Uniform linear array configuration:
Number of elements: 8
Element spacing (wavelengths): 0.5
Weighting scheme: exponential
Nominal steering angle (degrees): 45
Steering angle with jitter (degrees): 45.36
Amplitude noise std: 0.05
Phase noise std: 0.05

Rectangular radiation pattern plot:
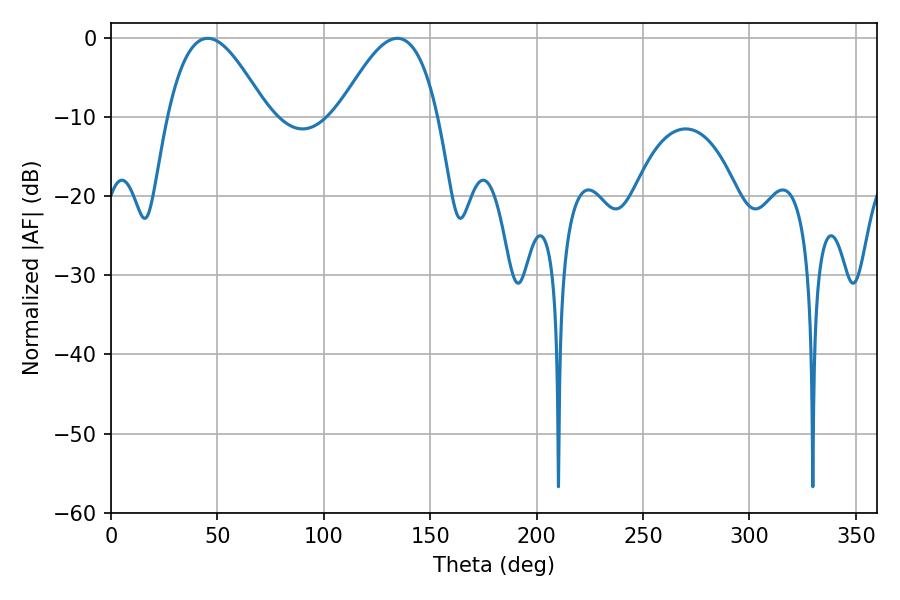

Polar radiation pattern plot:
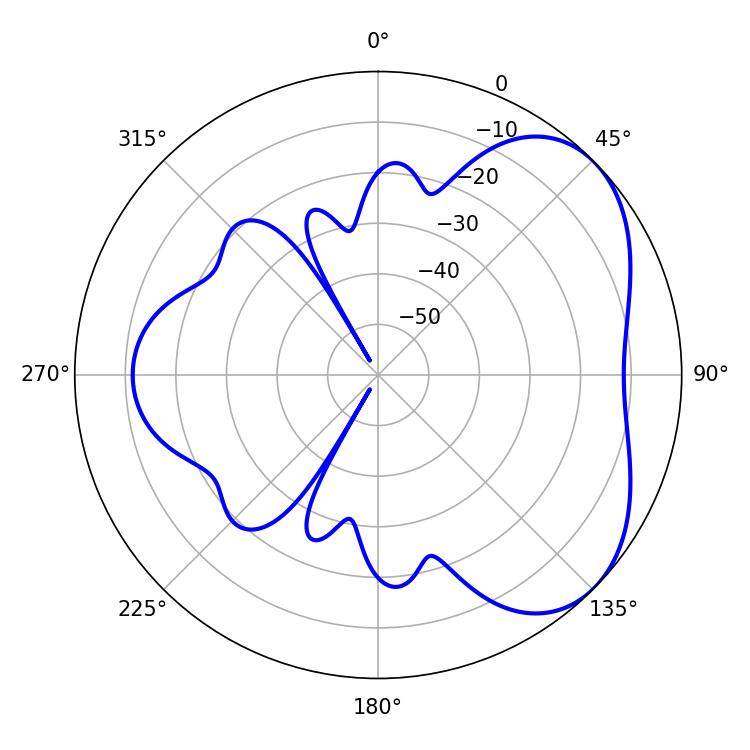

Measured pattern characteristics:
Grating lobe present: FALSE
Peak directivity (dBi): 4.59
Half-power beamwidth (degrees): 25.2
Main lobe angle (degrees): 45.36